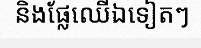
និងផ្លែឈើឯទៀតៗ